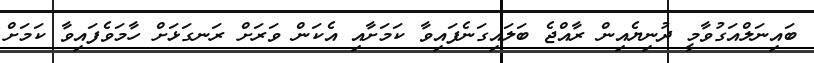
ބައިނަލްއަގުވާމީ ދުނިޔެއިން ރާއްޖެ ބަލައިގަނެފައިވާ ކަމަށާއި އެކަން ވަރަށް ރަނގަޅަށް ހާމަވެފައިވާ ކަމަށް